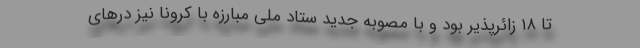
تا ۱۸ زائرپذیر بود و با مصوبه جدید ستاد ملی مبارزه با کرونا نیز درهای